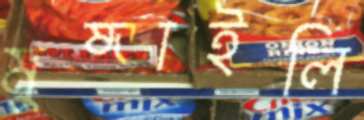
মুষ্‌ড়াইলি